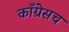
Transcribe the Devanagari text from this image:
काँग्रेसच